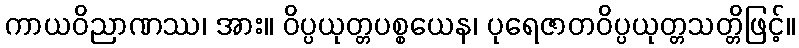
ကာယဝိညာဏဿ၊ အား။ ဝိပ္ပယုတ္တပစ္စယေန၊ ပုရေဇာတဝိပ္ပယုတ္တသတ္တိဖြင့်။